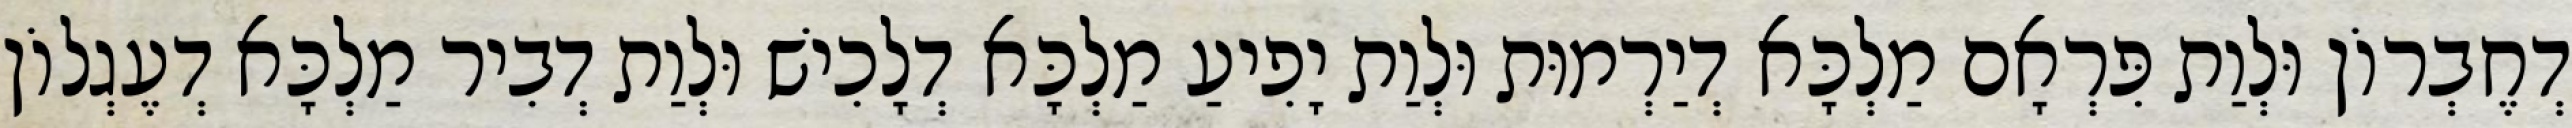
דְחֶבְרוֹן וּלְוַת פִּרְאָם מַלְכָּא דְיַרְמוּת וּלְוַת יָפִיעַ מַלְכָּא דְלָכִישׁ וּלְוַת דְבִיר מַלְכָּא דְעֶגְלוֹן